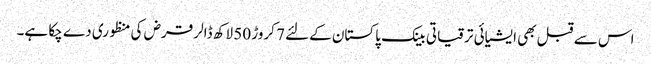
اس سے قبل بھی ایشیائی ترقیاتی بینک پاکستان کےلئے 7 کروڑ 50 لاکھ ڈالر قرض کی منظوری دے چکا ہے۔